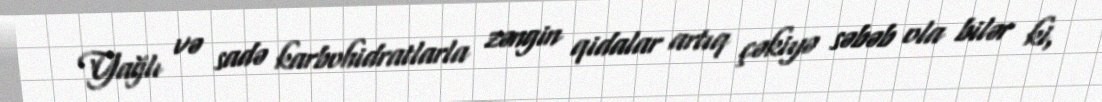
Yağlı və sadə karbohidratlarla zəngin qidalar artıq çəkiyə səbəb ola bilər ki,